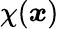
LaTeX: \chi(\boldsymbol x)